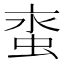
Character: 𧊯